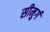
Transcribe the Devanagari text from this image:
सीमुर्ग